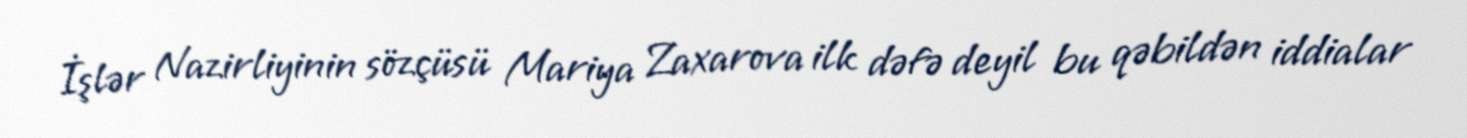
İşlər Nazirliyinin sözçüsü Mariya Zaxarova ilk dəfə deyil bu qəbildən iddialar